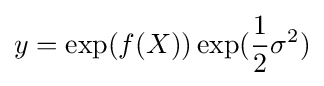
y=\exp(f(X))\exp({\frac {1}{2}}\sigma ^{2})